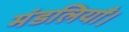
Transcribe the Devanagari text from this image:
मंडलियाँ।